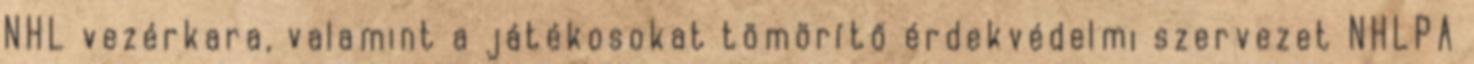
NHL vezérkara, valamint a játékosokat tömörítő érdekvédelmi szervezet NHLPA